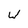
Character: W